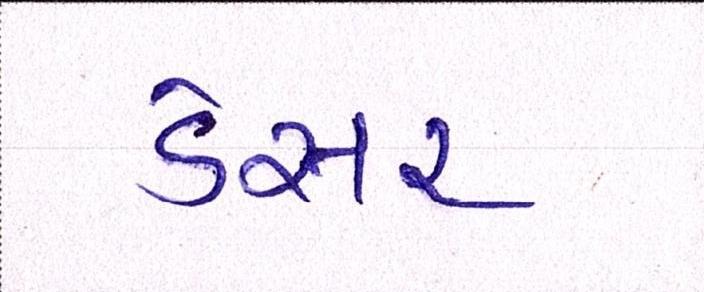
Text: ડેસર